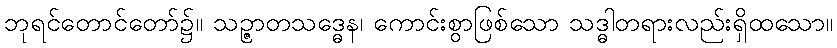
ဘုရင်တောင်တော်၌။ သဉ္ဇာတသဒ္ဓေန၊ ကောင်းစွာဖြစ်သော သဒ္ဓါတရားလည်းရှိထသော။